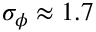
\sigma _ { \phi } \approx 1 . 7